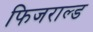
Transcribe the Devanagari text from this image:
फिजराल्ड